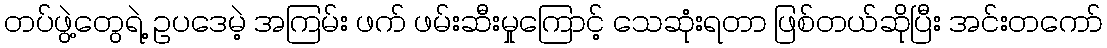
တပ်ဖွဲ့တွေရဲ့ ဥပဒေမဲ့ အကြမ်း ဖက် ဖမ်းဆီးမှုကြောင့် သေဆုံးရတာ ဖြစ်တယ်ဆိုပြီး အင်းတကော်